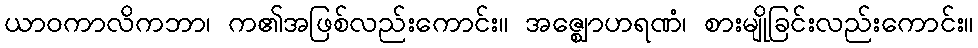
ယာဝကာလိကဘာ၊ က၏အဖြစ်လည်းကောင်း။ အဇ္ဈောဟရဏံ၊ စားမျိုခြင်းလည်းကောင်း။